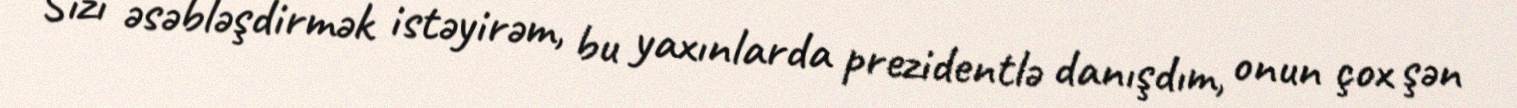
Sizi əsəbləşdirmək istəyirəm, bu yaxınlarda prezidentlə danışdım, onun çox şən